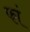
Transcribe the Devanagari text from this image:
फां